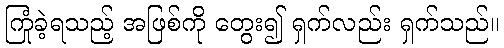
ကြုံခဲ့ရသည့် အဖြစ်ကို တွေး၍ ရှက်လည်း ရှက်သည်။